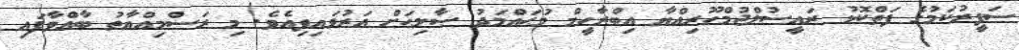
ސަފީރުކަމުގެ ފަތްކޮޅު ރައީސުލްޖުމްހޫރިއްޔާ އިބްރާހީމް މުޙައްމަދު ޞާލިޙަށް އަރުވައިފިއެވެ. މި ރަސްމިއްޔާތު ބާއްވާފައި